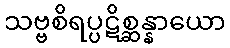
သဗ္ဗစိရပ္ပဋိစ္ဆန္နာယော